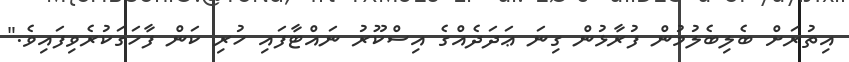
އިތުރަށް ބެލިބެލުމުން ފުރާޅުން ގިނަ ޢަދަދެއްގެ އިސްކޫރު ނައްޓާފައި ހުރި ކަން ފާހަގަކުރެވިފައިވެ."